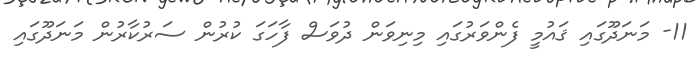
11- މަނަދޫގައި ޤައުމީ ފެންވަރުގައި މިނިވަން ދުވަސް ފާހަގަ ކުރުން ސަރުކާރުން މަނަދޫގައި